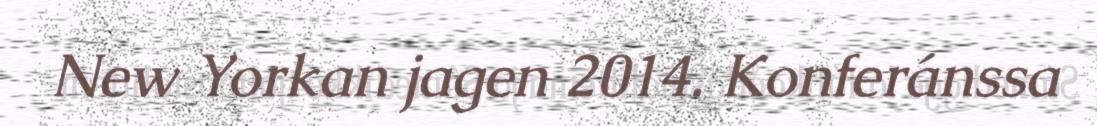
New Yorkan jagen 2014. Konferánssa